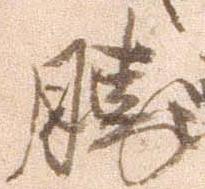
勝